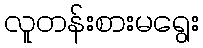
လူတန်းစားမရွေး